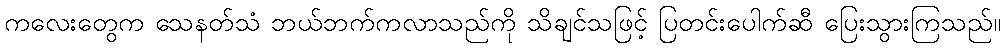
ကလေးတွေက သေနတ်သံ ဘယ်ဘက်ကလာသည်ကို သိချင်သဖြင့် ပြတင်းပေါက်ဆီ ပြေးသွားကြသည်။